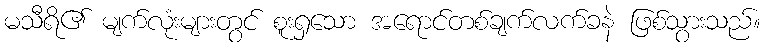
မသီရိ၏ မျက်လုံးများတွင် စူးရှသော အရောင်တစ်ချက်လက်ခနဲ ဖြစ်သွားသည်။